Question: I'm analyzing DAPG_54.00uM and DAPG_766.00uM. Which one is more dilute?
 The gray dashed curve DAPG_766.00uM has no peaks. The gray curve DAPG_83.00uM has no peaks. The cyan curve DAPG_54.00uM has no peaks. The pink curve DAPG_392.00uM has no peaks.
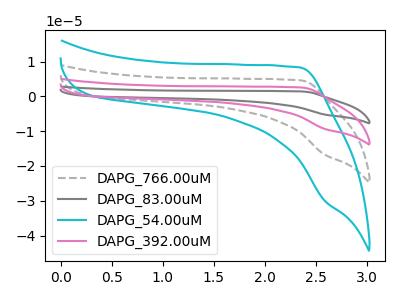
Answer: <think>Neither "DAPG_54.00uM" or "DAPG_766.00uM" have any peaks.
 </think>
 <answer>I cant tell if "DAPG_54.00uM" or "DAPG_766.00uM" has higher concentration.</answer>
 <eval>mixed_concentration</eval>